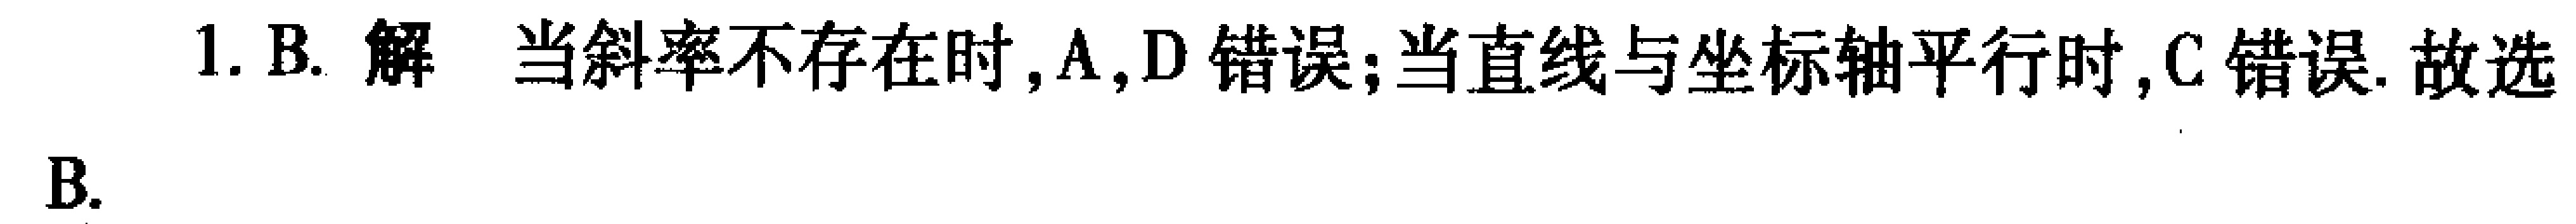
1. B. 解 当斜率不存在时，A, D 错误；当直线与坐标轴平行时，C 错误. 故选B.